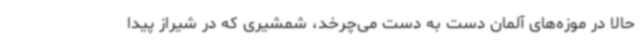
حالا در موزه‌های آلمان دست به دست می‌چرخد، شمشیری که در شیراز پیدا